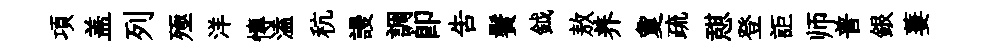
項盖列殛洋慱溘秔謾調即告鬢鉞敖养夐疏憇登詎师普銀萋